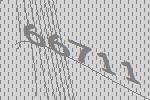
66711